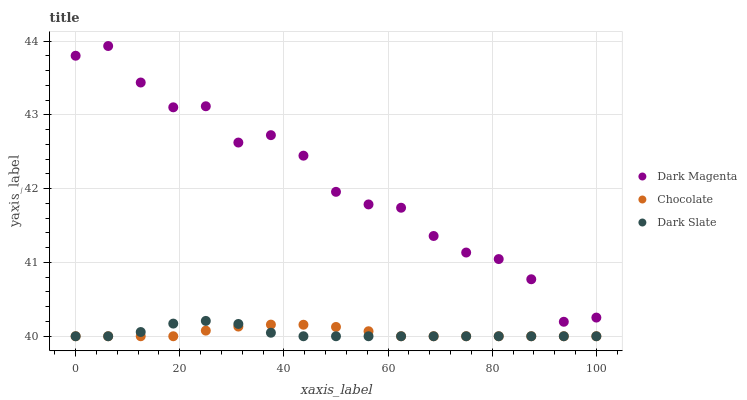
| xaxis_label | Dark Magenta | Chocolate | Dark Slate |
 | --- | --- | --- | --- |
 | 0 | 43.8 | 40 | 40 |
 | 6.25 | 43.9 | 40 | 40 |
 | 12.5 | 43.4 | 40 | 40.1 |
 | 18.8 | 43.1 | 40 | 40.2 |
 | 25 | 43.1 | 40.1 | 40.2 |
 | 31.2 | 42.6 | 40.1 | 40.2 |
 | 37.5 | 42.7 | 40.2 | 40 |
 | 43.8 | 42.4 | 40.2 | 40 |
 | 50 | 42 | 40.1 | 40 |
 | 56.2 | 41.8 | 40.1 | 40 |
 | 62.5 | 41.7 | 40 | 40 |
 | 68.8 | 41.4 | 40 | 40 |
 | 75 | 41.1 | 40 | 40 |
 | 81.2 | 41 | 40 | 40 |
 | 87.5 | 40.8 | 40 | 40 |
 | 93.8 | 40.2 | 40 | 40 |
 | 100 | 40.3 | 40 | 40 |